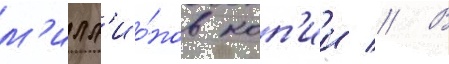
м'илл'ио́нов коп'ии // В